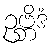
ဥဗ္ဘိဒံ